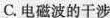
C.电磁波的干涉